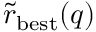
\tilde { r } _ { \mathrm { b e s t } } ( q )